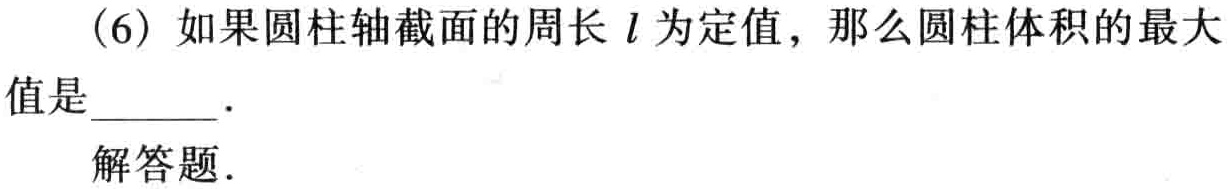
(6) 如果圆柱轴截面的周长 \(l\) 为定值，那么圆柱体积的最大值是  ．
解答题．